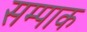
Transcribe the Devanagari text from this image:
सम्पाक